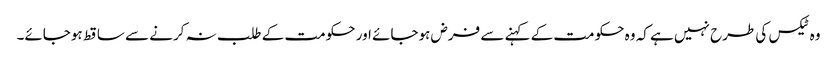
وہ ٹیکس کی طرح نہیں ہے کہ وہ حکومت کے کہنے سے فرض ہوجائے اور حکومت کے طلب نہ کرنے سے ساقط ہوجائے۔